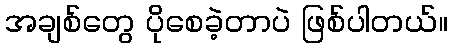
အချစ်တွေ ပိုစေခဲ့တာပဲ ဖြစ်ပါတယ်။